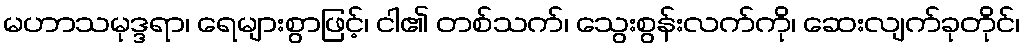
မဟာသမုဒ္ဒရာ၊ ရေများစွာဖြင့်၊ ငါ၏ တစ်သက်၊ သွေးစွန်းလက်ကို၊ ဆေးလျက်ခုတိုင်၊